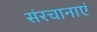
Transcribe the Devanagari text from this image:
संरचानाएं